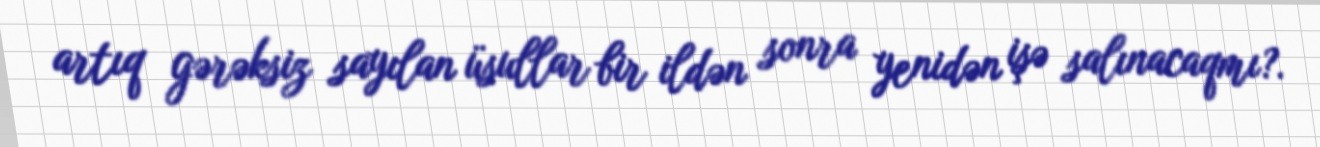
artıq gərəksiz sayılan üsullar bir ildən sonra yenidən işə salınacaqmı?.